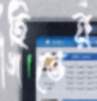
হিতের